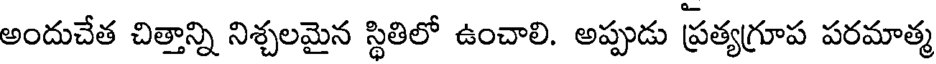
అందుచేత చిత్తాన్ని నిశ్చలమైన స్థితిలో ఉంచాలి. అప్పుడు ప్రత్యగ్రూప పరమాత్మ